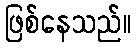
ဖြစ်နေသည်။